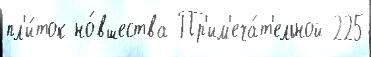
пл'и́ток но́вшества Пр'им'еча́т'ельной 225